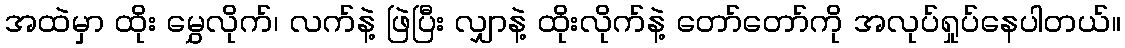
အထဲမှာ ထိုး မွှေလိုက်၊ လက်နဲ့ ဖြဲပြီး လျှာနဲ့ ထိုးလိုက်နဲ့ တော်တော်ကို အလုပ်ရှုပ်နေပါတယ်။